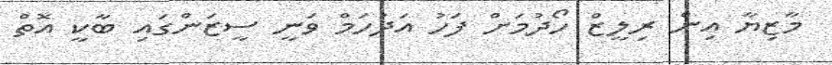
މާޒިޔާ އިން ރިލީޒް ހޯދުމަށް ފަހު އަދުހަމް ވަނީ ސީޒަންގައި ބާކީ އޮތް